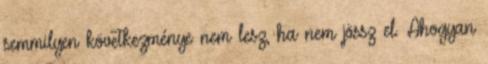
semmilyen következménye nem lesz, ha nem jössz el. Ahogyan